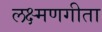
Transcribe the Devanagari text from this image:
लक्ष्मणगीता